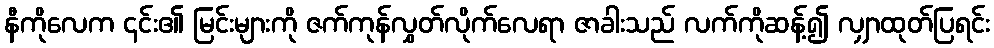
နီကိုလေက ၎င်း၏ မြင်းများကို ဇက်ကုန်လွှတ်လိုက်လေရာ ဇာခါးသည် လက်ကိုဆန့်၍ လျှာထုတ်ပြရင်း